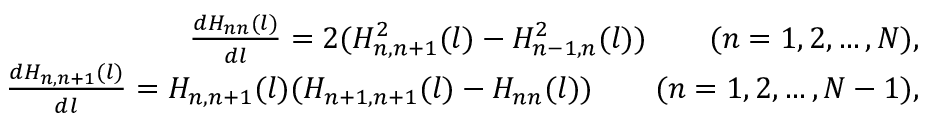
\begin{array} { r l r } & { } & { \frac { d H _ { n n } ( l ) } { d l } = 2 ( H _ { n , n + 1 } ^ { 2 } ( l ) - H _ { n - 1 , n } ^ { 2 } ( l ) ) \qquad ( n = 1 , 2 , \dots , N ) , } \\ & { } & { \frac { d H _ { n , n + 1 } ( l ) } { d l } = H _ { n , n + 1 } ( l ) ( H _ { n + 1 , n + 1 } ( l ) - H _ { n n } ( l ) ) \qquad ( n = 1 , 2 , \dots , N - 1 ) , } \end{array}